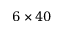
6 \times 4 0